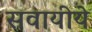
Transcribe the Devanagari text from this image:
सवायीये